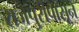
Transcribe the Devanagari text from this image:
राजपुरीपासून